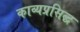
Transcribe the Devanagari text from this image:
काव्यप्रसिद्ध